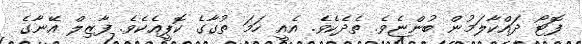
ފޮޓޯ ދައްކާލަމުން ބުންޏެވެ. ތެދެކެވެ. އެއީ ހަމަ ތުގާގެ ކޮޕީއެކެވެ. ފާޒިލް އޭނާގެ